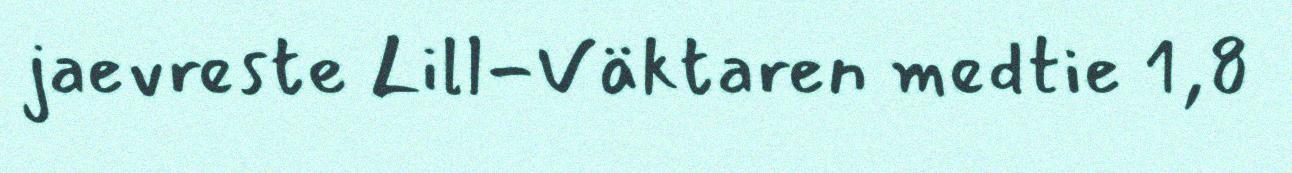
jaevreste Lill-Väktaren medtie 1,8